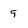
Character: q